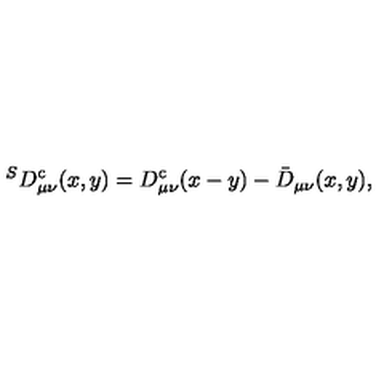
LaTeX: ^ S D _ { \mu \nu } ^ { \mathrm { c } } ( x , y ) = D _ { \mu \nu } ^ { \mathrm { c } } ( x - y ) - \bar { D } _ { \mu \nu } ( x , y ) ,